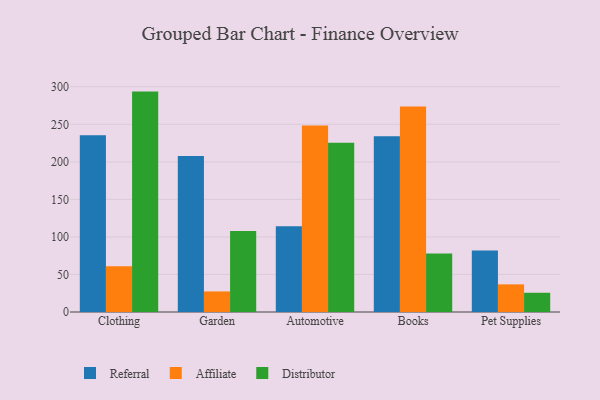
{"axis": {"x": "Category", "y": "Population (Million)"}, "legend": ["Affiliate", "Distributor", "Referral"], "data": [{"x": "Clothing", "y": 235.4, "type": "Referral"}, {"x": "Clothing", "y": 61.1, "type": "Affiliate"}, {"x": "Clothing", "y": 293.6, "type": "Distributor"}, {"x": "Garden", "y": 207.8, "type": "Referral"}, {"x": "Garden", "y": 27.4, "type": "Affiliate"}, {"x": "Garden", "y": 107.9, "type": "Distributor"}, {"x": "Automotive", "y": 114.2, "type": "Referral"}, {"x": "Automotive", "y": 248.6, "type": "Affiliate"}, {"x": "Automotive", "y": 225.3, "type": "Distributor"}, {"x": "Books", "y": 234.1, "type": "Referral"}, {"x": "Books", "y": 273.7, "type": "Affiliate"}, {"x": "Books", "y": 77.9, "type": "Distributor"}, {"x": "Pet Supplies", "y": 82.0, "type": "Referral"}, {"x": "Pet Supplies", "y": 36.8, "type": "Affiliate"}, {"x": "Pet Supplies", "y": 25.6, "type": "Distributor"}]}